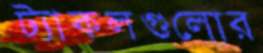
ট্যাকলগুলোর